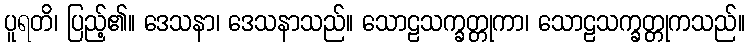
ပူရတိ၊ ပြည့်၏။ ဒေသနာ၊ ဒေသနာသည်။ သောဠသက္ခတ္တုကာ၊ သောဠသက္ခတ္တုကသည်။